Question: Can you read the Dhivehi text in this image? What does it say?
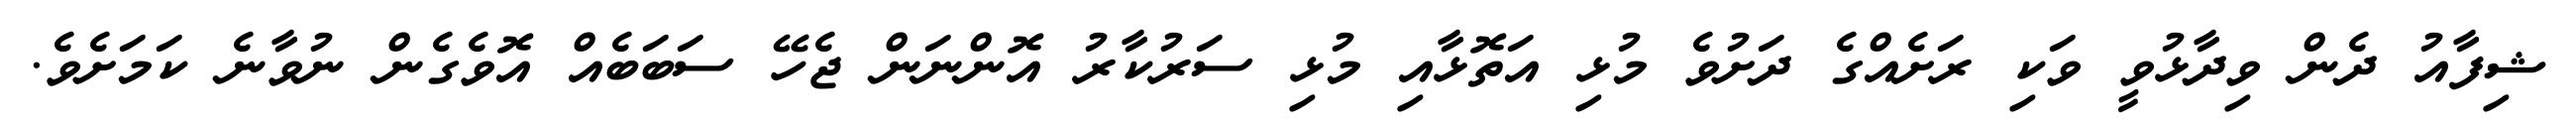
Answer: ޝިފާއު ދެން ވިދާޅުވީ ވަކި ރަށެއްގެ ދަށުވެ މުޅި އަތޮޅާއި މުޅި ސަރުކާރު އޮންނަން ޖެހޭ ސަބަބެއް އޮވެގެން ނުވާނެ ކަމަށެވެ.